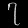
Digit: ၇